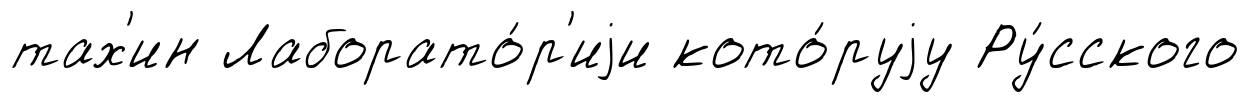
тах'ин Лаборато́р'иjи кото́руjу Ру́сского